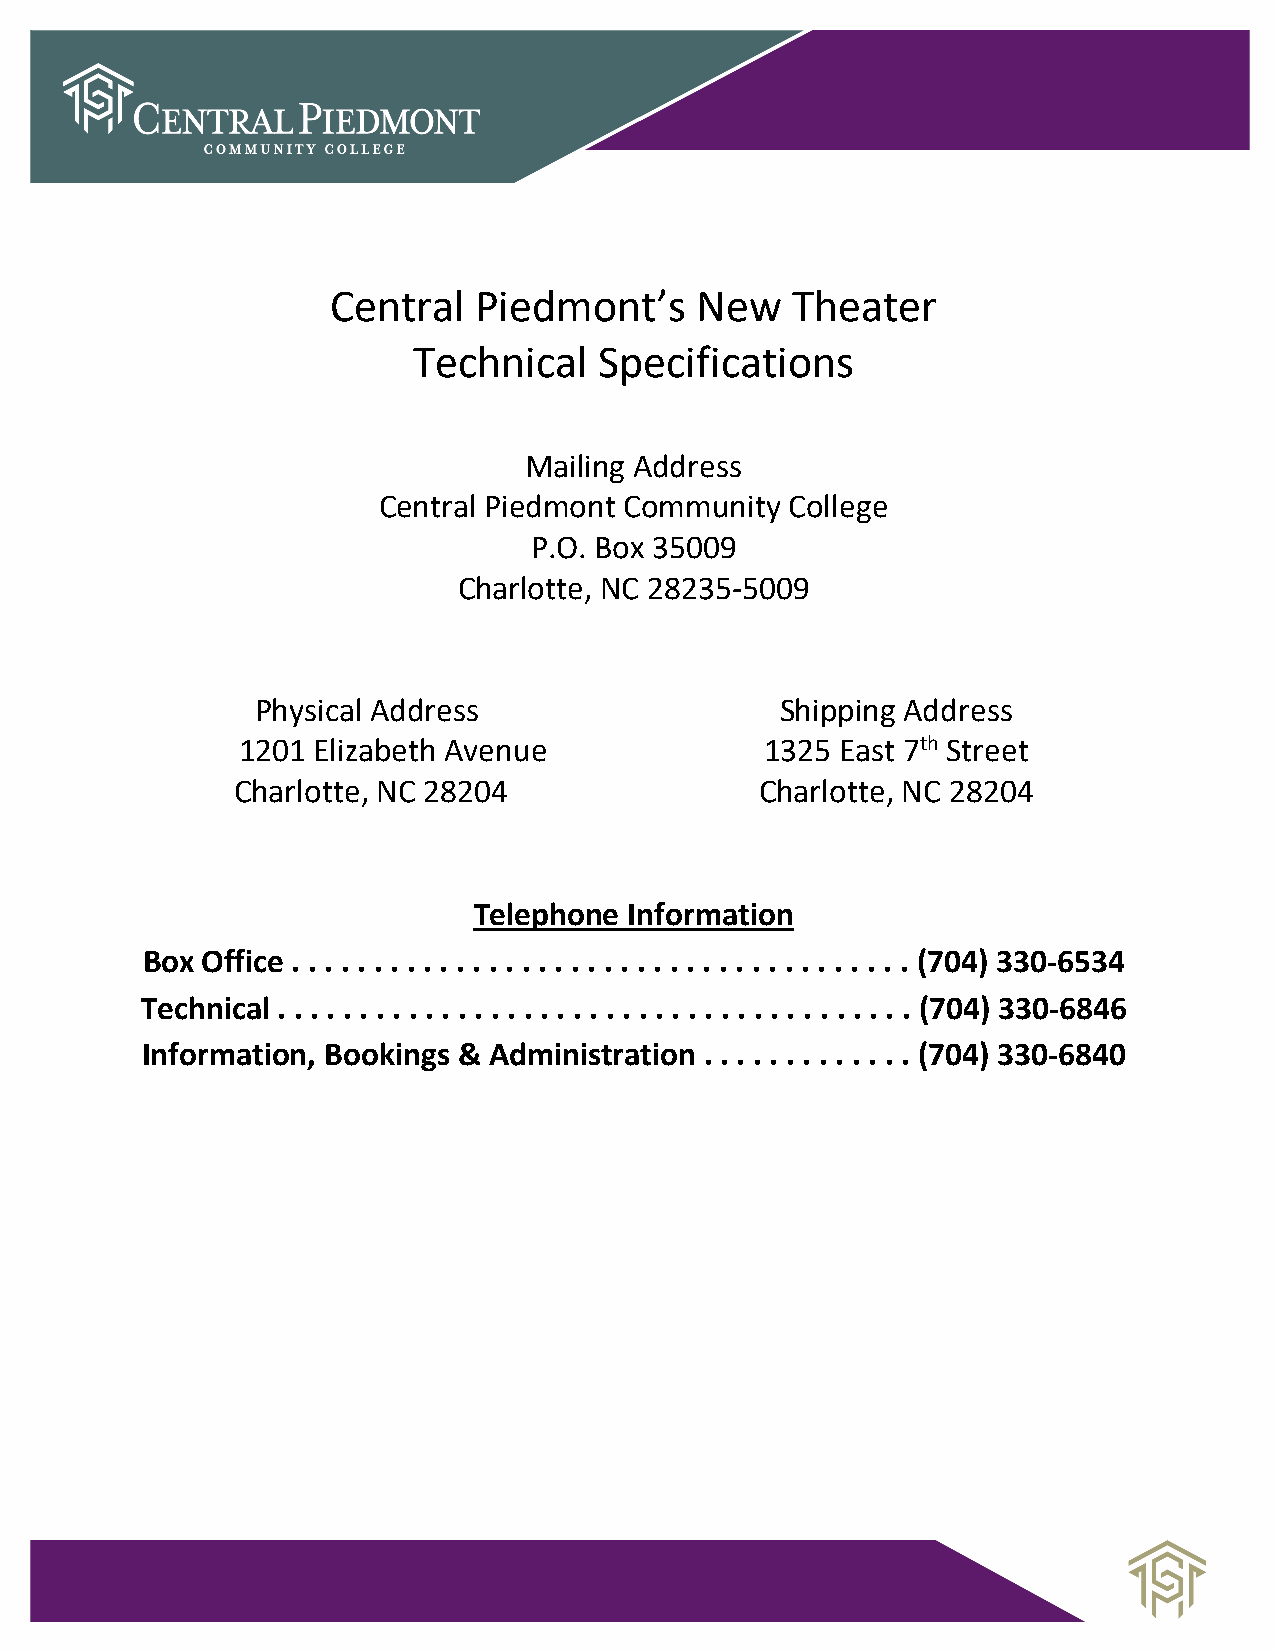
Central  Piedmont’s     New   Theater
 Technical    Specifications
 Mailing Address
 Central Piedmont Community College
 P.O. Box 35009
 Charlotte, NC 28235-5009
 Physical Address                   Shipping Address
 1201 Elizabeth Avenue              1325 East 7th Street
 Charlotte, NC 28204               Charlotte, NC 28204
 Telephone  Information
 Box Office . . . . . . . . . . . . . . . . . . . . . . . . . . . . . . . . . . . . . . (704) 330-6534
 Technical . . . . . . . . . . . . . . . . . . . . . . . . . . . . . . . . . . . . . . . (704) 330-6846
 Information, Bookings & Administration . . . . . . . . . . . . . (704) 330-6840